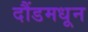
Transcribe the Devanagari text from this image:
दौंडमधून